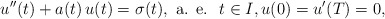
\begin{align*}u^{\prime\prime}(t)+a(t)\,u(t)=\sigma(t),\mbox{ a. e. }\;t\in I,u(0)=u'(T)=0,\end{align*}